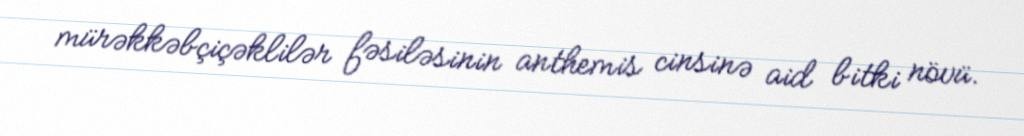
mürəkkəbçiçəklilər fəsiləsinin anthemis cinsinə aid bitki növü.